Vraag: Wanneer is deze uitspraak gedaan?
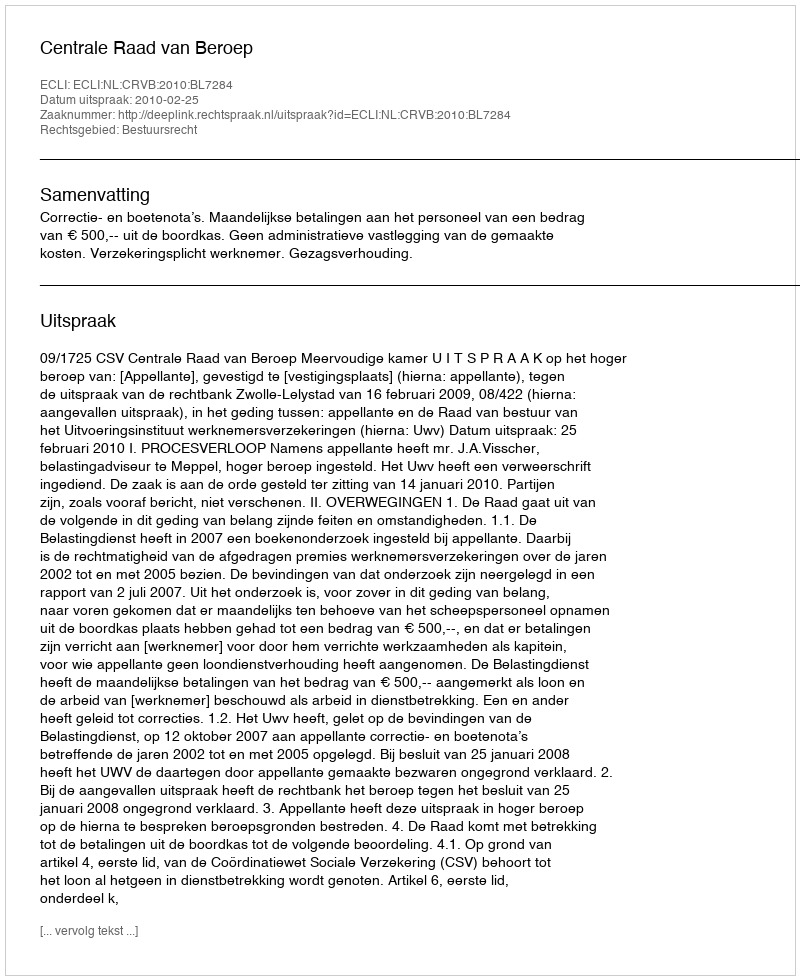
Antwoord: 2010-02-25